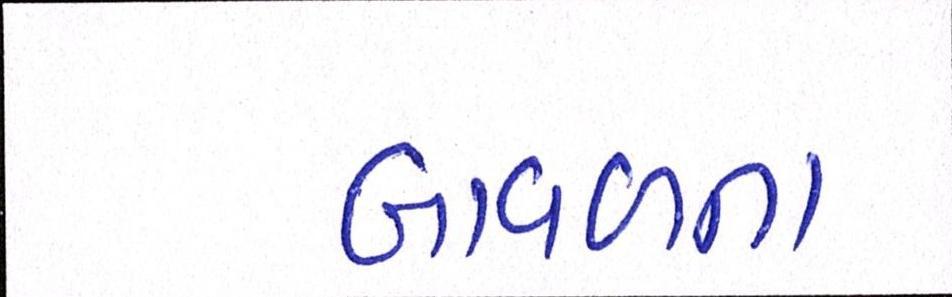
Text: બાવળના